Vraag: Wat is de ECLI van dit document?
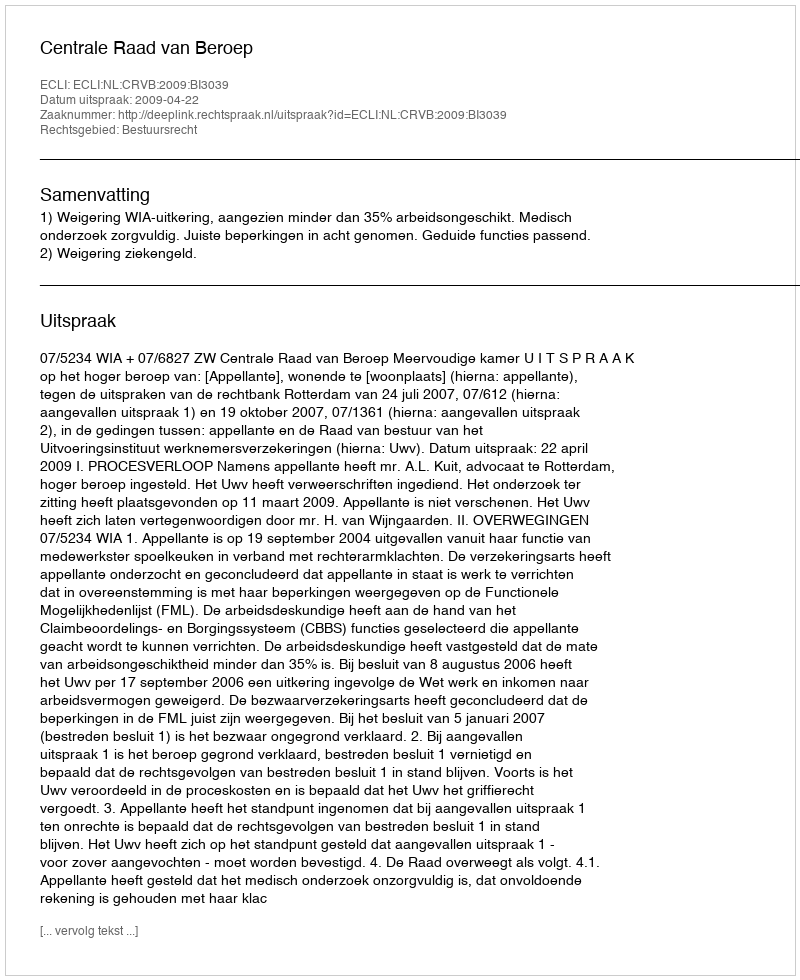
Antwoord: ECLI:NL:CRVB:2009:BI3039